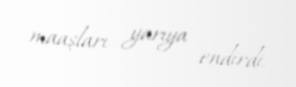
maaşları yarıya endirdi.